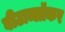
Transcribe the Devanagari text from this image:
बीटाब्लॉकर